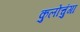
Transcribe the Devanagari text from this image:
कुलोचुंगा